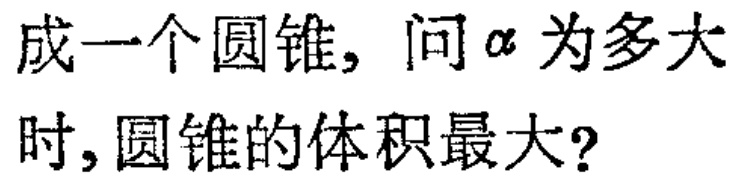
成一个圆锥，问\(\alpha\)为多大时, 圆锥的体积最大?